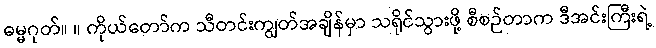
ဓမ္မဂုတ်။ ။ ကိုယ်တော်က သီတင်းကျွတ်အချိန်မှာ သရိုင်သွားဖို့ စီစဉ်တာက ဒီအင်းကြီးရဲ့